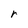
Character: r